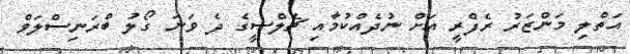
އަތްލި މަންޒަރު ރެފްރީ އަށް ނުދެއްކުމާއި ޗެލްސީގެ ދެ ވަނަ ގޯލު ބްރަނިސްލަވް